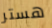
هستر